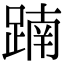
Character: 𨂾